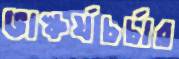
ভাস্কর্যচর্চার